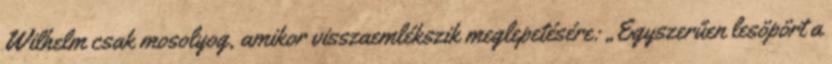
Wilhelm csak mosolyog, amikor visszaemlékszik meglepetésére: „Egyszerűen lesöpört a